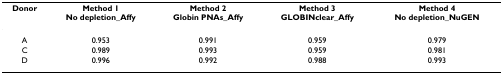
<table><thead><tr><td><b>Donor</b></td><td><b>Method 1No depletion_Affy</b></td><td><b>Method 2Globin PNAs_Affy</b></td><td><b>Method 3GLOBINclear_Affy</b></td><td><b>Method 4No depletion_NuGEN</b></td></tr></thead><tbody><tr><td>A</td><td>0.953</td><td>0.991</td><td>0.959</td><td>0.979</td></tr><tr><td>C</td><td>0.989</td><td>0.993</td><td>0.959</td><td>0.981</td></tr><tr><td>D</td><td>0.996</td><td>0.992</td><td>0.988</td><td>0.993</td></tr></tbody></table>